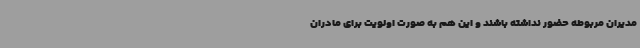
مدیران مربوطه حضور نداشته باشند و این هم به صورت اولویت برای مادران